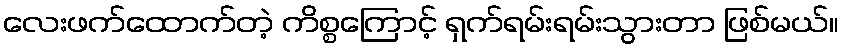
လေးဖက်ထောက်တဲ့ ကိစ္စကြောင့် ရှက်ရမ်းရမ်းသွားတာ ဖြစ်မယ်။